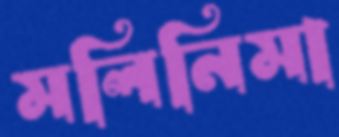
মলিনিমা